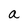
Character: a